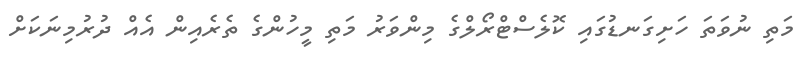
މަތި ނުވަތަ ހަށިގަނޑުގައި ކޮލެސްޓްރޯލްގެ މިންވަރު މަތި މީހުންގެ ތެރެއިން އެއް ދުރުމިނަކަށް